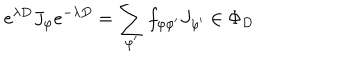
LaTeX: e ^ { \lambda D } J _ { \varphi } e ^ { - \lambda D } = \sum _ { \varphi ^ { \prime } } f _ { \varphi \varphi ^ { \prime } } J _ { \varphi ^ { \prime } } \in \Phi _ { D }